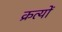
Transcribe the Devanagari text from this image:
क्रत्यों